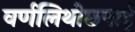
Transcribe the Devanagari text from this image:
वर्णलिथोछपाई